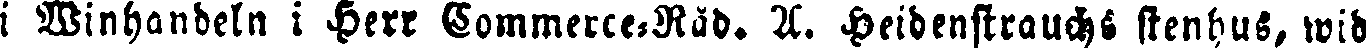
i Winhandeln i Herr Commerce-Råd. A. Heidenstrauchs stenhus, wid